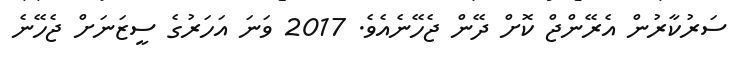
ސަރުކާރުން އެރޭންޖް ކޮށް ދޭން ޖެހޭނެއެވެ. 2017 ވަނަ އަހަރުގެ ސީޒަނަށް ޖެހޭނެ